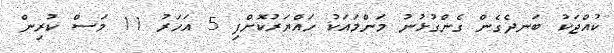
ކުއްޖަކު ބަނދެގެން ގެންގުޅުނު މަންމައަކު ހައްޔަރުކޮށްފި 5 އަހަރު 11 މަސް ކުރިން